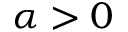
\alpha > 0